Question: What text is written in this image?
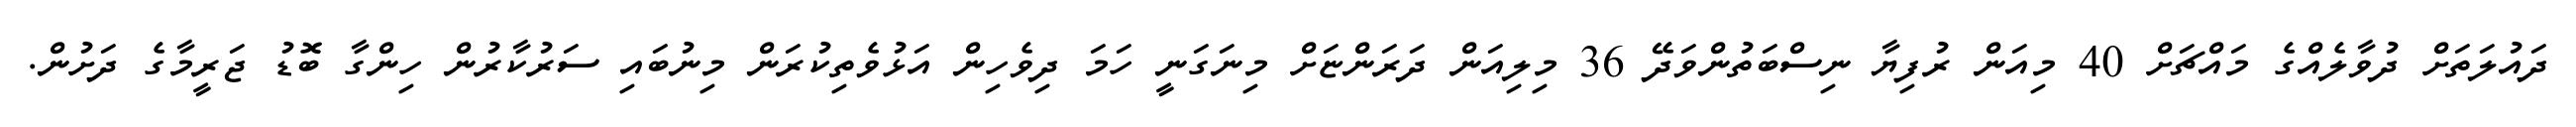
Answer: ދައުލަތަށް ދުވާލެއްގެ މައްޗަށް 40 މިއަން ރުފިޔާ ނިސްބަތުންވަދޭ 36 މިލިއަން ދަރަންޏަށް މިނަގަނީ ހަމަ ދިވެހިން އަޅުވެތިކުރަން މިނުބައި ސަރުކާރުން ހިންގާ ބޮޑު ޖަރީމާގެ ދަށުން.